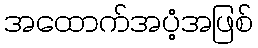
အထောက်အပံ့အဖြစ်